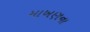
માખણના